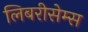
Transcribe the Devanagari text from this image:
लिबरीसेम्स